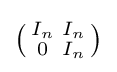
\left({\begin{smallmatrix}I_{n}&I_{n}\\0&I_{n}\end{smallmatrix}}\right)